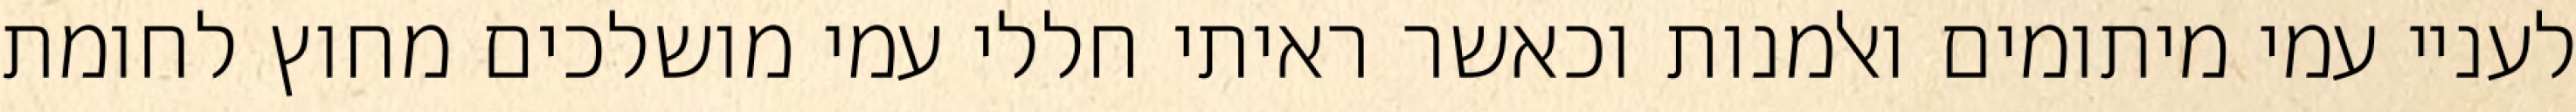
לעניי עמי מיתומים ואלמנות וכאשר ראיתי חללי עמי מושלכים מחוץ לחומת